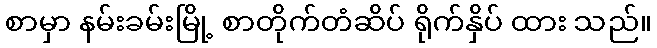
စာမှာ နမ်းခမ်းမြို့ စာတိုက်တံဆိပ် ရိုက်နှိပ် ထား သည်။